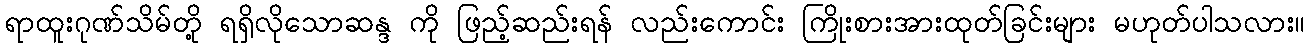
ရာထူးဂုဏ်သိမ်တို့ ရရှိလိုသောဆန္ဒ ကို ဖြည့်ဆည်းရန် လည်းကောင်း ကြိုးစားအားထုတ်ခြင်းများ မဟုတ်ပါသလား။